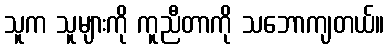
သူက သူများကို ကူညီတာကို သဘောကျတယ်။